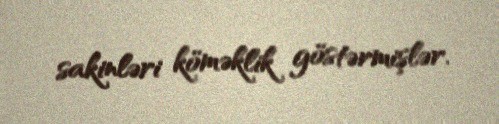
sakinləri köməklik göstərmişlər.